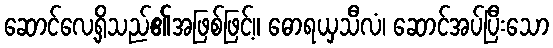
ဆောင်လေ့ရှိသည်၏အဖြစ်ဖြင့်။ ဓောရယှသီလံ၊ ဆောင်အပ်ပြီးသော